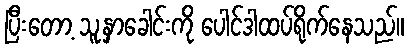
ပြီးတော့ သူ့နှာခေါင်းကို ပေါင်ဒါထပ်ရိုက်နေသည်။